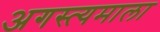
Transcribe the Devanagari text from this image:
अगस्त्यमाला